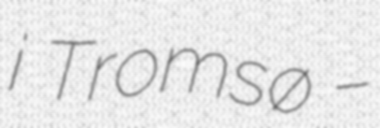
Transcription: i Tromsø –